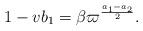
LaTeX: \begin{align*}1-vb_1 = \beta \varpi^{\frac{a_1-a_2}{2}}. \end{align*}